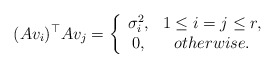
\begin{align*}(Av_i)^\top Av_j=\left\{\begin{array}{cc} \sigma_i^2, & 1\le i=j\le r,\\ 0, & otherwise.\end{array}\right.\end{align*}